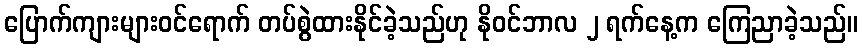
ပြောက်ကျားများဝင်ရောက် တပ်စွဲထားနိုင်ခဲ့သည်ဟု နိုဝင်ဘာလ ၂ ရက်နေ့က ကြေညာခဲ့သည်။